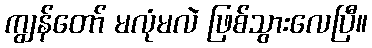
ကျွန်တော် မလုံမလဲ ဖြစ်သွားလေပြီ။